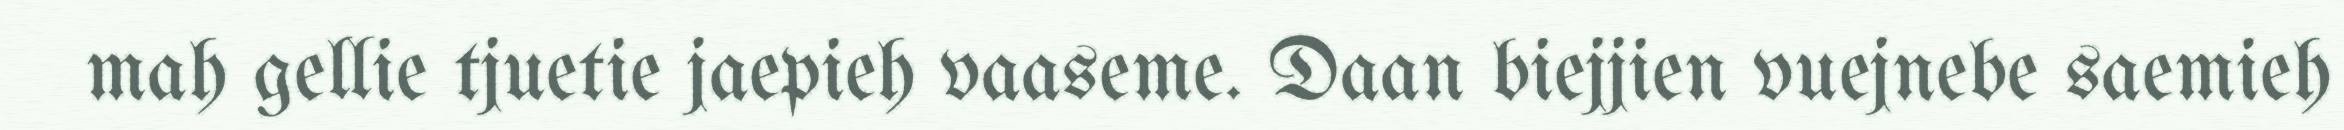
mah gellie tjuetie jaepieh vaaseme. Daan biejjien vuejnebe saemieh